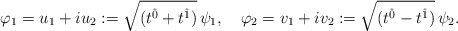
\begin{align*}\varphi_{1}=u_1+iu_2:=\sqrt{(t^{\hat{0}} + t^{\hat{1}})}\,\psi_{1},\quad\varphi_{2}=v_1+iv_2:=\sqrt{(t^{\hat{0}} - t^{\hat{1}})}\,\psi_{2}.\end{align*}